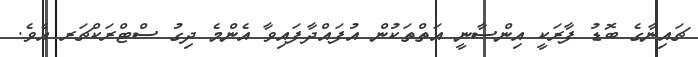
ޗައިނާގެ ބޮޑު ފާރަކީ އިންސާނީ އަތްތަކުން އުފައްދާފައިވާ އެންމެ ދިގު ސްޓްރަކްޗަރ އެވެ.